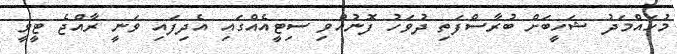
މުހައްމަދު ޝަހީބަށް ބުރާސްފަތި ދުވަހު ފޮނުއްވި ސިޓީއެއްގައި އެދިފައި ވަނީ ރާއްޖެ ޓީވީ